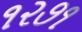
૧૨૭૧